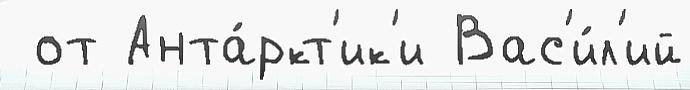
 от Анта́ркт'ик'и Вас'и́л'ий